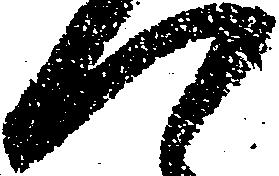
つ